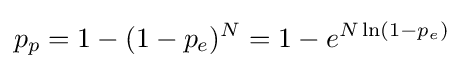
p_{p}=1-(1-p_{e})^{N}=1-e^{N\ln(1-p_{e})}